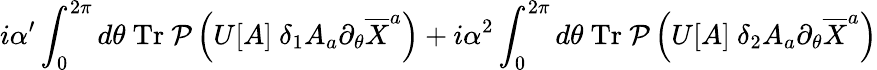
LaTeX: i\alpha^{\prime}\int_{0}^{2\pi}d\theta~\mathrm{Tr}~{\cal P}\left(U[A]~\delta_{1}A_{a}\partial_{\theta}\overline{{{X}}}^{a}\right)+i\alpha^{2}\int_{0}^{2\pi}d\theta~\mathrm{Tr}~{\cal P}\left(U[A]~\delta_{2}A_{a}\partial_{\theta}\overline{{{X}}}^{a}\right)